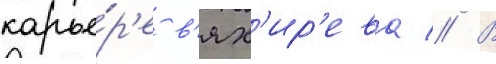
карье́р'е в'ях'ир'ева // В